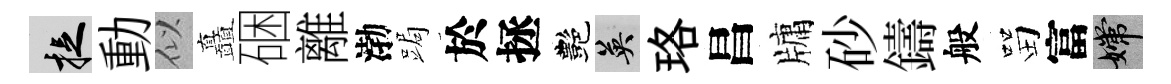
捉動似矗硱離渤跼於拯艷英珞昌牗砂鑄般㽞富嫦